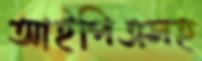
আইপিএসহ